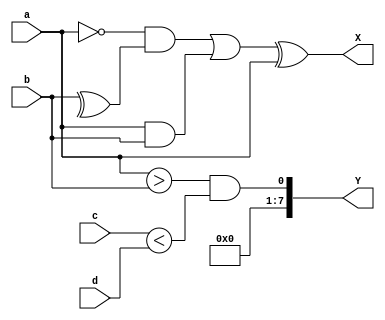
//solve the give example
module ex8(input [7:0]a,b,c,d,output[7:0] X,Y);
assign Y=((a>b)&&(c<d));
assign X=((~a & ^b) | (a & b)) ^a;
endmodule

module tb;
reg [7:0]a,b,c,d;
wire [7:0]X,Y;

ex8 i1(a,b,c,d,X,Y);
initial begin
$monitor(" X= %b %d  \n Y= %b %d ",X,X,Y,Y);
a=21;b=54;c=34;d=35;
end
endmodule